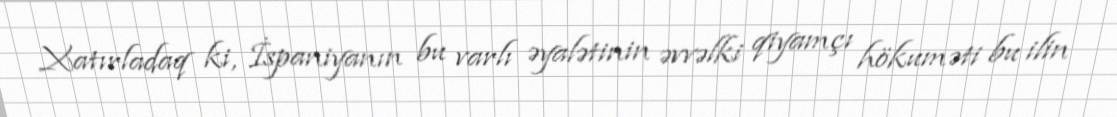
Xatırladaq ki, İspaniyanın bu varlı əyalətinin əvvəlki qiyamçı hökuməti bu ilin